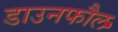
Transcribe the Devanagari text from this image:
डाउनफौल